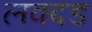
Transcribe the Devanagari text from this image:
लक्दड